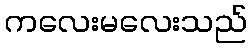
ကလေးမလေးသည်